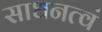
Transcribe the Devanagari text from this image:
साधनत्वं